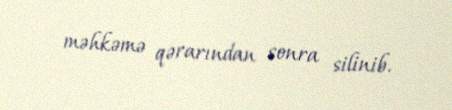
məhkəmə qərarından sonra silinib.